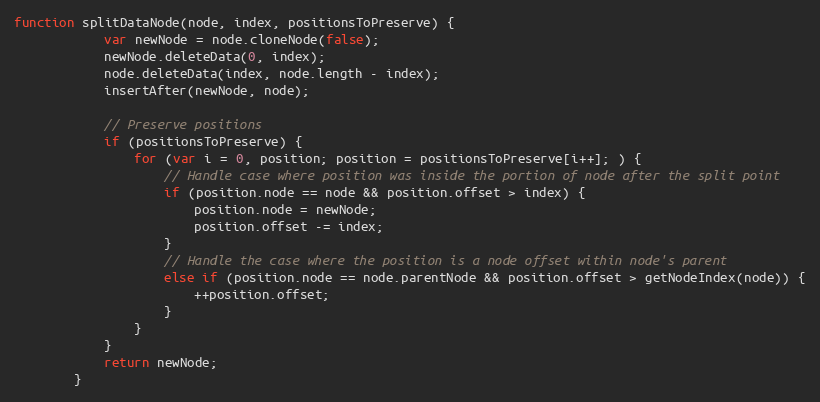
Language: JavaScript
function splitDataNode(node, index, positionsToPreserve) {
            var newNode = node.cloneNode(false);
            newNode.deleteData(0, index);
            node.deleteData(index, node.length - index);
            insertAfter(newNode, node);

            // Preserve positions
            if (positionsToPreserve) {
                for (var i = 0, position; position = positionsToPreserve[i++]; ) {
                    // Handle case where position was inside the portion of node after the split point
                    if (position.node == node && position.offset > index) {
                        position.node = newNode;
                        position.offset -= index;
                    }
                    // Handle the case where the position is a node offset within node's parent
                    else if (position.node == node.parentNode && position.offset > getNodeIndex(node)) {
                        ++position.offset;
                    }
                }
            }
            return newNode;
        }